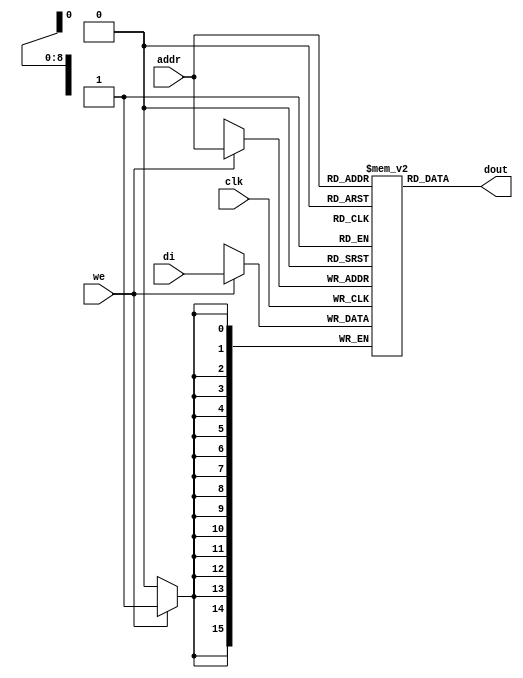
module rams_sp_rf_async_512x16_logic (clk, we, addr, di, dout);
input clk;
input we;
input [8:0] addr;
input [15:0] di;
output [15:0] dout;

(* ram_style = "logic" *)
reg [15:0] RAM [511:0];

always @(posedge clk)
    begin
        if (we)
        begin
            RAM[addr] <= di;
        end
    end

assign dout = RAM[addr];
endmodule